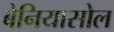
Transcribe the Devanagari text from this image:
बेनियासोल